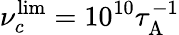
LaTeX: \nu_{c}^{\mathrm{lim}}=10^{10}\tau_{\mathrm{A}}^{-1}